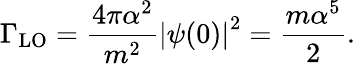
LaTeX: \Gamma_{\mathrm{LO}}=\frac{4\pi\alpha^{2}}{m^{2}}\left|\psi(0)\right|^{2}=\frac{m\alpha^{5}}{2}.